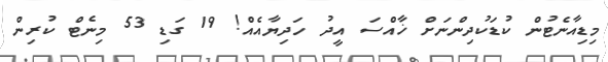
މިޑިއާނެޓުން ކުޑަކުދިންނަށް ޚާއްސަ އީދު ހަދިޔާއެއް! 19 ގަޑި 53 މިނެޓް ކުރިން